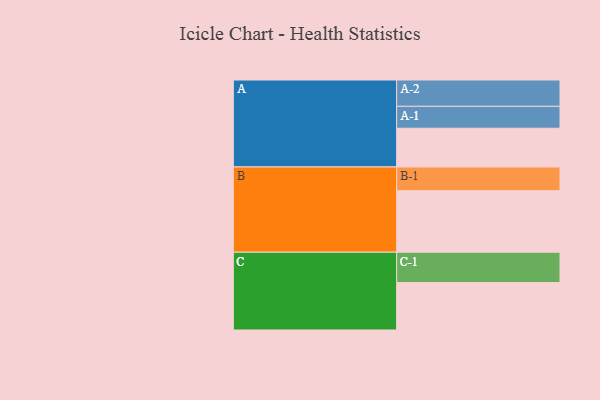
{"axis": {"x": "Segment", "y": "Value"}, "legend": ["", "A", "B", "C"], "data": [{"x": "A", "y": 362, "type": ""}, {"x": "B", "y": 575, "type": ""}, {"x": "C", "y": 443, "type": ""}, {"x": "A-1", "y": 205, "type": "A"}, {"x": "A-2", "y": 246, "type": "A"}, {"x": "B-1", "y": 222, "type": "B"}, {"x": "C-1", "y": 284, "type": "C"}]}